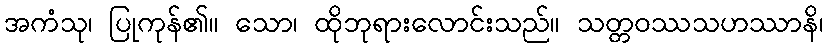
အကံသု၊ ပြုကုန်၏။ သော၊ ထိုဘုရားလောင်းသည်။ သတ္တဝဿသဟဿာနိ၊